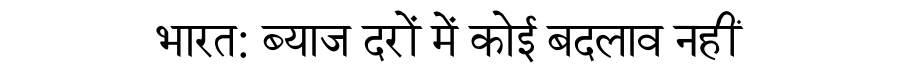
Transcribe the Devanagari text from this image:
भारत: ब्याज दरों में कोई बदलाव नहीं